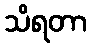
သိရတာ